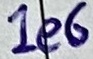
Text: 1e6